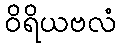
ဝိရိယဗလံ